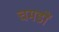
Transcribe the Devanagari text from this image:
चमडों